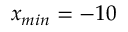
x _ { m i n } = - 1 0